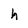
Character: h